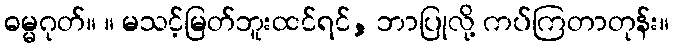
ဓမ္မဂုတ်။ ။ မသင့်မြတ်ဘူးထင်ရင်, ဘာပြုလို့ ကပ်ကြတာတုန်း။